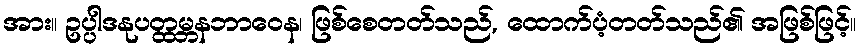
အား။ ဥပ္ပါဒနုပတ္ထမ္ဘနဘာဝေန၊ ဖြစ်စေတတ်သည်, ထောက်ပံ့တတ်သည်၏ အဖြစ်ဖြင့်။